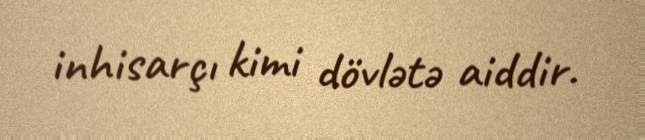
inhisarçı kimi dövlətə aiddir.